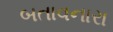
બતાવનારા